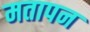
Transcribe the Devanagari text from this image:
मतापन